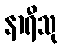
နာရီသု